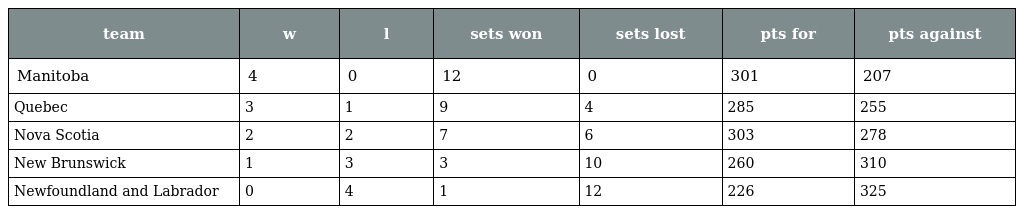
| team | w | l | sets won | sets lost | pts for | pts against |
 | --- | --- | --- | --- | --- | --- | --- |
 | Manitoba | 4 | 0 | 12 | 0 | 301 | 207 |
 | Quebec | 3 | 1 | 9 | 4 | 285 | 255 |
 | Nova Scotia | 2 | 2 | 7 | 6 | 303 | 278 |
 | New Brunswick | 1 | 3 | 3 | 10 | 260 | 310 |
 | Newfoundland and Labrador | 0 | 4 | 1 | 12 | 226 | 325 |